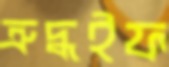
ত্রুদ্ধইফ